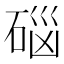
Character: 𱴊